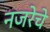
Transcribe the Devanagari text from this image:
नजरेचे